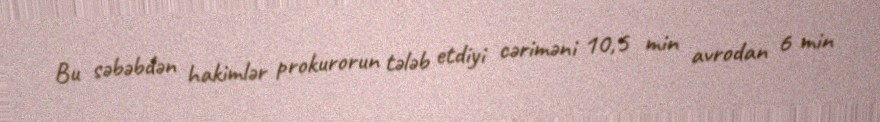
Bu səbəbdən hakimlər prokurorun tələb etdiyi cəriməni 10,5 min avrodan 6 min